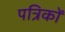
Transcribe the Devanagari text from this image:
पत्रिकों